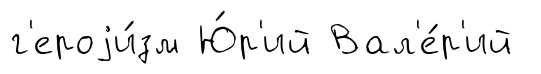
г'ероjи́зм Ю́р'ий Вал'е́р'ий